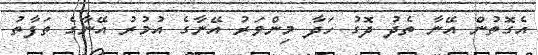
އެގޮތުން އޭނާ ތެދު ދޮގު ހަދާ މިންވަރު އޭނާގެ އުމުރު އޭނާގެ ތަފާތު